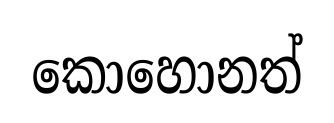
කොහොනත්